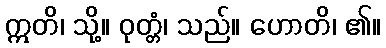
ဣတိ၊ သို့။ ဝုတ္တံ၊ သည်။ ဟောတိ၊ ၏။